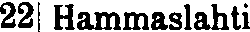
22 Hammaslahti